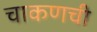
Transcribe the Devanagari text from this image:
चाकणची